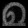
Digit: ၈